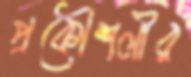
প্রকৌশলীর